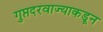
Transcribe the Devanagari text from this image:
गुप्तदरवाज्याकडून